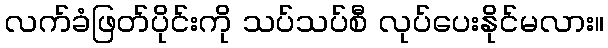
လက်ခံဖြတ်ပိုင်းကို သပ်သပ်စီ လုပ်ပေးနိုင်မလား။